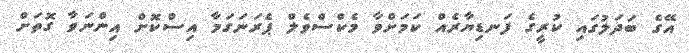
އޭގެ ބަދަލުގައި ކުރީގެ ފަނޑިޔާރެއް ކަމަށްވާ މެކްސްވެލް ޕެރަނަގަމާ އިސްކޮށް އިންނަވާ ގޮތަށް